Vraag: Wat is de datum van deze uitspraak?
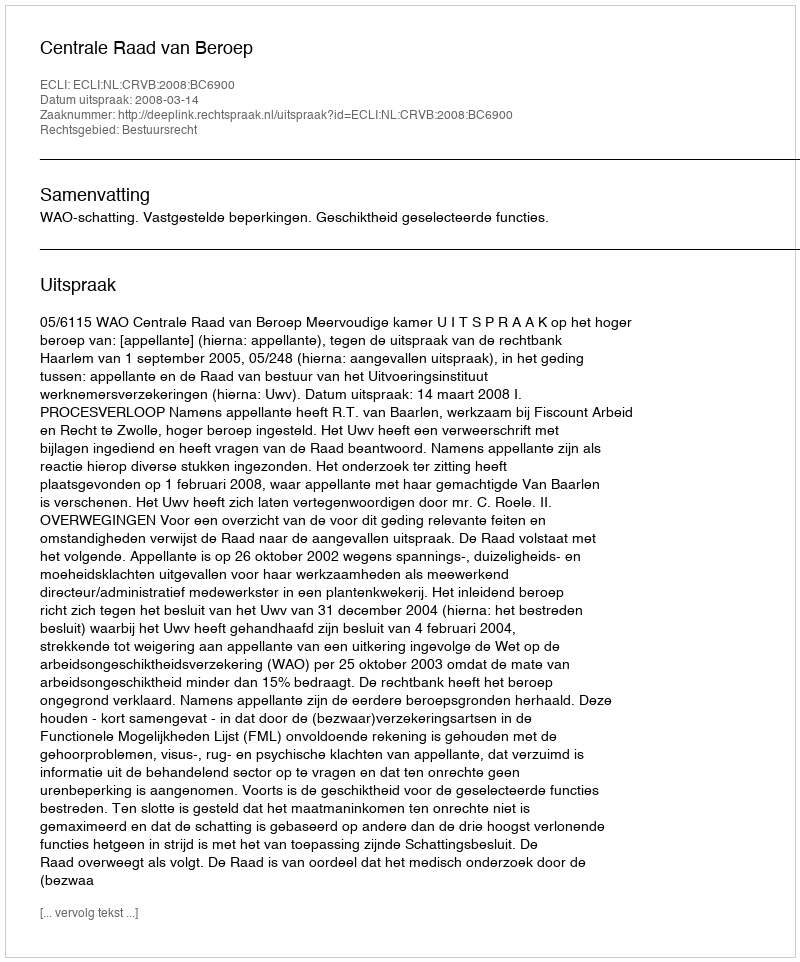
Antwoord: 2008-03-14